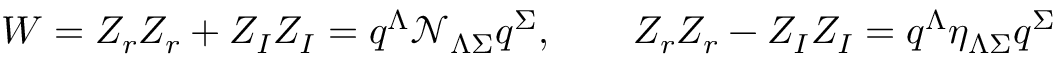
W = Z _ { r } Z _ { r } + Z _ { I } Z _ { I } = q ^ { \Lambda } \mathcal { N } _ { \Lambda \Sigma } q ^ { \Sigma } , \qquad Z _ { r } Z _ { r } - Z _ { I } Z _ { I } = q ^ { \Lambda } \eta _ { \Lambda \Sigma } q ^ { \Sigma }